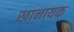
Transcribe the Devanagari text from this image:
खानायक